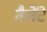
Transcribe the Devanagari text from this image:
वैलेंटे